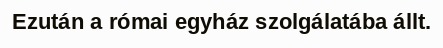
Ezután a római egyház szolgálatába állt.